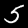
Label: 5